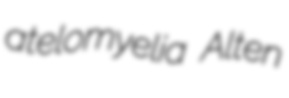
atelomyelia Alten